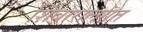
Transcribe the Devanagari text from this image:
शिवारालगत